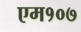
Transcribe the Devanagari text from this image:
एम१०७